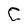
Character: C